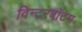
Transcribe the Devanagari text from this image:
विन्टरबॉटम